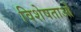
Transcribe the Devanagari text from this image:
विशेषताओें